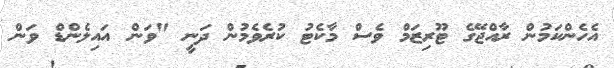
އެހެންކަމުން ރާއްޖޭގެ ޓޫރިޒަމް ވެސް މާކެޓު ކުރެވެމުން ދަނީ "ވަން އައިލެންޑް ވަން